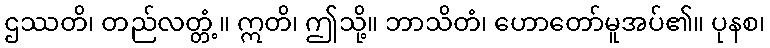
ဌဿတိ၊ တည်လတ္တံ့။ ဣတိ၊ ဤသို့။ ဘာသိတံ၊ ဟောတော်မူအပ်၏။ ပုနစ၊